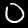
Label: 0